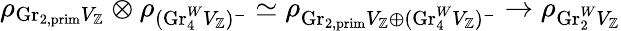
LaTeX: \rho_{\mathrm{Gr}_{2,\mathrm{prim}}V_{\mathbb{Z}}}\otimes\rho_{(\mathrm{Gr}_{4}^{W}V_{\mathbb{Z}})^{-}}\simeq\rho_{\mathrm{Gr}_{2,\mathrm{prim}}V_{\mathbb{Z}}\oplus(\mathrm{Gr}_{4}^{W}V_{\mathbb{Z}})^{-}}\to\rho_{\mathrm{Gr}_{2}^{W}V_{\mathbb{Z}}}